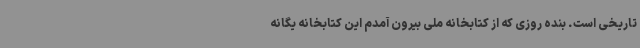
تاریخی است. بنده روزی که از کتابخانه ملی بیرون آمدم این کتابخانه یگانه